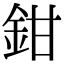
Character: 鉗